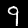
Label: 9